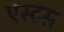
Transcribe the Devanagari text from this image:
एस्टस